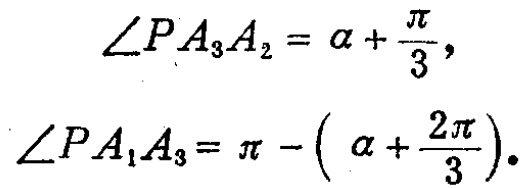
\[\begin{align*}
\angle PA_{3}A_{2}&=\alpha+\frac{\pi}{3},\\
\angle PA_{1}A_{3}&=\pi - \left(\alpha+\frac{2\pi}{3}\right).
\end{align*}\]